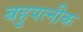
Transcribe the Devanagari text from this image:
बहुपत्‍नीक